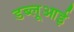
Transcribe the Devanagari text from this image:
डब्लूआई